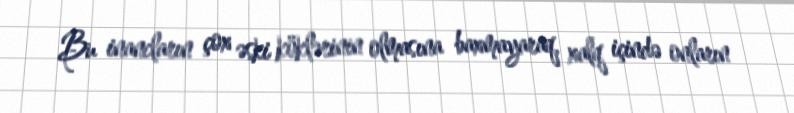
Bu inancların çox əski köklərinin olmasına baxmayaraq, xalq içində onların